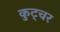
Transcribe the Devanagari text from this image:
कुट्चर